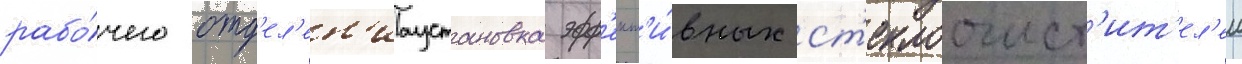
рабо́чего отд'ел'ен'иаустановка эфф'ект'и́вных ст'еклоочист'ит'ел'еи